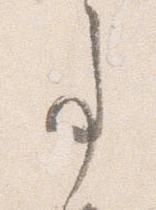
事